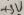
Text: +5V